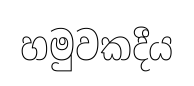
හමුවකදීය